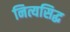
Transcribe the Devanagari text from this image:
नित्यसिद्ध